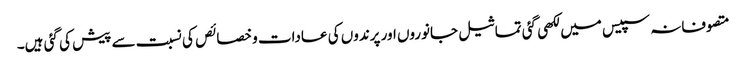
متصوفانہ سپیس میں لکھی گئی تماثیل جانوروں اور پرندوں کی عادات و خصائص کی نسبت سے پیش کی گئی ہیں۔